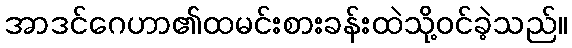
အာဒင်ဂေဟာ၏ထမင်းစားခန်းထဲသို့ဝင်ခဲ့သည်။